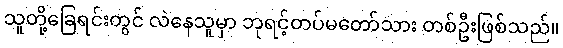
သူတို့ခြေရင်းတွင် လဲနေသူမှာ ဘုရင့်တပ်မတော်သား တစ်ဦးဖြစ်သည်။